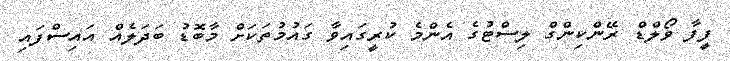
ފީފާ ވޯލްޑް ރޭންކިންގް ލިސްޓުގެ އެންމެ ކުރީގައިވާ ގައުމުތަކަށް މާބޮޑު ބަދަލެއް އައިސްފައި